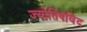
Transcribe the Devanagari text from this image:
ज्योतिषविंद